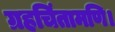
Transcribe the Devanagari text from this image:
ग्रहचिंतामणि।